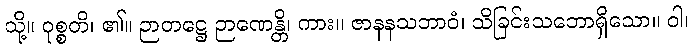
သို့။ ဝုစ္စတိ၊ ၏။ ဉာတဋ္ဌေ ဉာဏေန္တိ၊ ကား။ ဇာနနသဘာဝံ၊ သိခြင်းသဘောရှိသော။ ဝါ၊